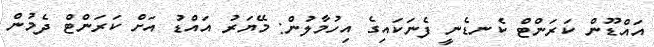
އައްޑޫން ކަރަންޓް ކެނޑެނީ ފެނަކައިގެ އިހުމާލުން: މޭޔަރު އައްޑު އަށް ކަރަންޓް ދެމުން